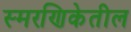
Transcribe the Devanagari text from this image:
स्मरणिकेतील